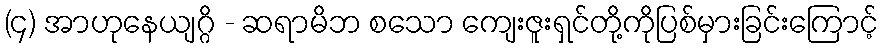
(၄) အာဟုနေယျဂ္ဂိ - ဆရာမိဘ စသော ကျေးဇူးရှင်တို့ကိုပြစ်မှားခြင်းကြောင့်